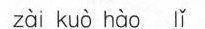
zài kuò hào lǐ